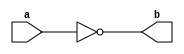
module inverter(
    input a,
    output reg b
);

always @(*)
begin
    b = !a;
end

endmodule